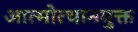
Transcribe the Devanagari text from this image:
आत्मोत्थानयुक्त